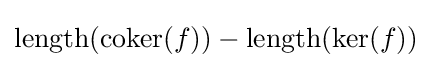
\operatorname {length} (\operatorname {coker} (f))-\operatorname {length} (\operatorname {ker} (f))